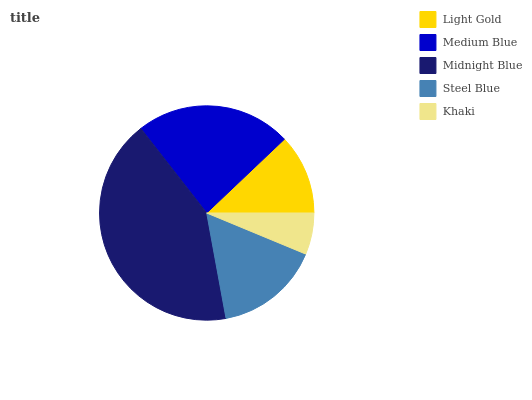
| Light Gold | Medium Blue | Midnight Blue | Steel Blue | Khaki |
 | --- | --- | --- | --- | --- |
 | 12.1% | 23.4% | 42.4% | 15.9% | 6.26% |